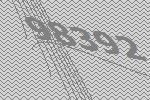
98392